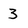
Character: 3